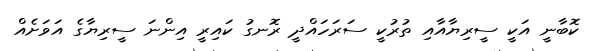
ކޮބާނީ އަކީ ސީރިޔާއާއި ތުރުކީ ސަރަހައްދީ ރޮނގު ކައިރީ އިންނަ ސީރިޔާގެ އަވަށެއް